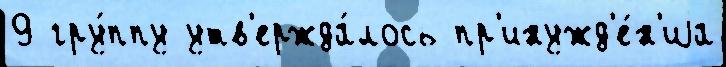
9 гру́ппу утв'ержда́лось пр'инужд'е́н'иjа